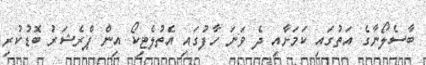
ބާސެލޯނާގެ އަތުގައި ކަމަށާއި ދެ ވަނަ ހާފުގައި އެތުލެޓިކޯ އިން ޕްރެޝަރު ބޮޑުކުރި